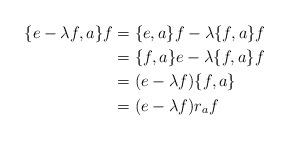
LaTeX: \begin{align*}\{e-\lambda f, a\}f &= \{e,a\}f - \lambda\{f,a\}f\\&= \{f,a\}e - \lambda \{f,a\}f \\&= (e-\lambda f)\{f,a\} \\&= (e-\lambda f)r_af\end{align*}